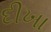
દીખા